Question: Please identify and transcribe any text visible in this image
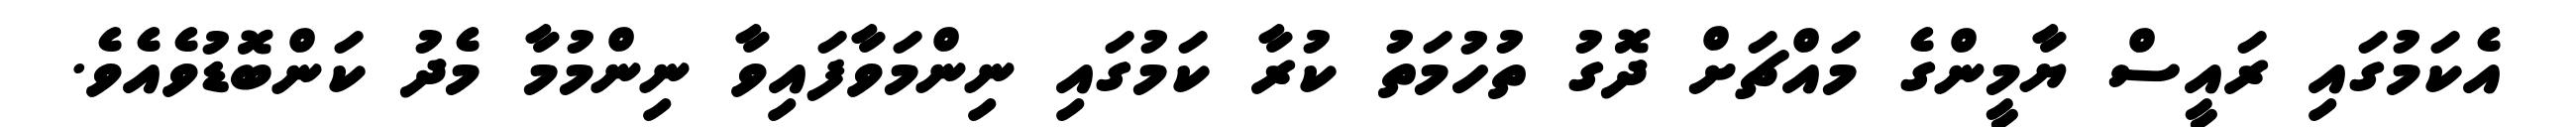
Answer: އެކަމުގައި ރައީސް ޔާމީންގެ މައްޗަށް ދޮގު ތުހުމަތު ކުރާ ކަމުގައި ނިންމަވާފައިވާ ނިންމުމާ މެދު ކަންބޮޑުވެއެވެ.